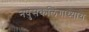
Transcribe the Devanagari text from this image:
नपुंसकलिंगाध्याय